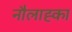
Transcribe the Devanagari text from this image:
नौलाह्का